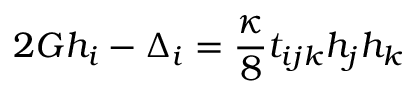
2 G h _ { i } - \Delta _ { i } = \frac { \kappa } { 8 } t _ { i j k } h _ { j } h _ { k }